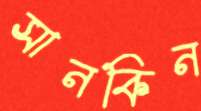
সানকিন